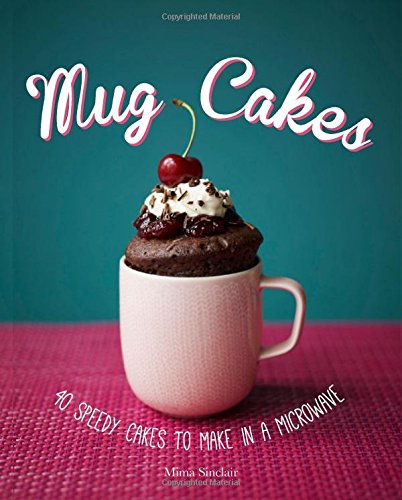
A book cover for Mug Cakes: 40 Speedy Cakes to Make in a Microwave; Mima Sinclair; Cookbooks, Food & Wine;